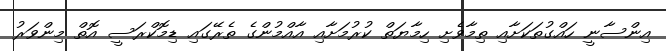
އިންސާނީ ހައްގުތަކަށާއި ތިމާވެށި ހިމާޔަތް ކުރުމަށާއި އާއްމުންގެ ތެރޭގައި ޑިމޮކްރަސީ އޮތް މިންވަރު